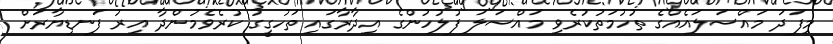
މިފަދަ މައްސަލައެއްގެ ތުހުމަތުކުރެވި މައްސަލަ ފުލުހުންގެ އިދާރާގައި ތަހުގީގު ކުރެވެމުންދާ އިރު ފަނޑިޔާރަށް